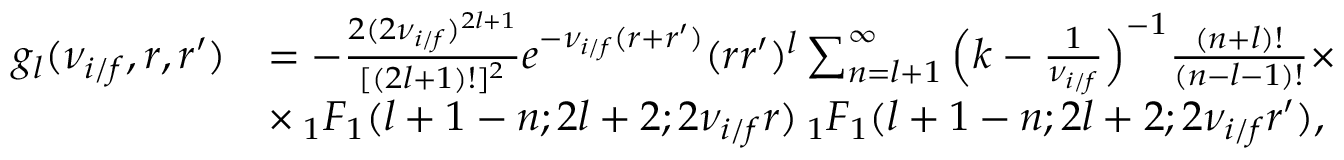
\begin{array} { r l } { g _ { l } ( \nu _ { i / f } , r , r ^ { \prime } ) } & { = - \frac { 2 ( 2 \nu _ { i / f } ) ^ { 2 l + 1 } } { [ ( 2 l + 1 ) ! ] ^ { 2 } } e ^ { - \nu _ { i / f } ( r + r ^ { \prime } ) } ( r r ^ { \prime } ) ^ { l } \sum _ { n = l + 1 } ^ { \infty } \Big ( k - \frac { 1 } { \nu _ { i / f } } \Big ) ^ { - 1 } \frac { ( n + l ) ! } { ( n - l - 1 ) ! } \times } \\ & { \times \: _ { 1 } F _ { 1 } ( l + 1 - n ; 2 l + 2 ; 2 \nu _ { i / f } r ) \: _ { 1 } F _ { 1 } ( l + 1 - n ; 2 l + 2 ; 2 \nu _ { i / f } r ^ { \prime } ) , } \end{array}